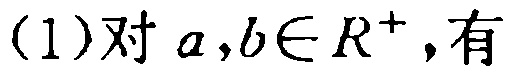
(1)对 \(a,b\in R^{+}\)，有